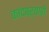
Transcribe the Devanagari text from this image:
कांदबऱ्याही